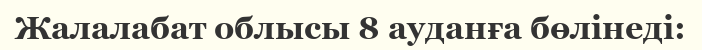
Жалалабат облысы 8 ауданға бөлінеді: